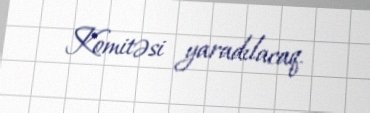
Komitəsi yaradılacaq.